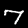
Label: 7